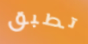
تطبق